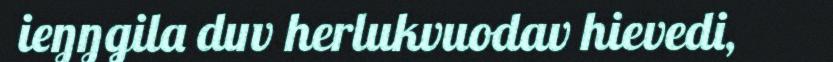
ieŋŋgila duv herlukvuodav hievedi,